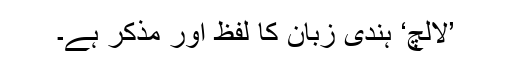
’لالچ‘ ہندی زبان کا لفظ اور مذکر ہے۔